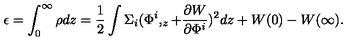
\epsilon = \int _ { 0 } ^ { \infty } \rho d z = \frac 1 2 \int \Sigma _ { i } ( \Phi ^ { i } , _ { z } + \frac { \partial W } { \partial \Phi ^ { i } } ) ^ { 2 } d z + W ( 0 ) - W ( \infty ) .